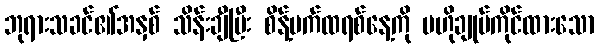
ဘုရားသခင်၏အနှစ် သိန်းချီပြီး စိန့်ပက်ထရစ်နေ့ကို ဗဟိုချုပ်ကိုင်ထားသော